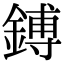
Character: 鎛